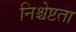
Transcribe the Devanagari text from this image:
निश्चेष्टता